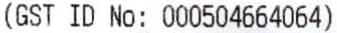
(GST ID NO: 000504664064)